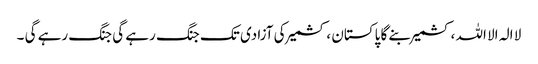
لا الہ الا اللہ ،کشمیر بنے گا پاکستان ، کشمیر کی آزادی تک جنگ رہے گی جنگ رہے گی ۔